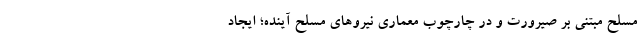
مسلح مبتنی بر صیرورت و در چارچوب معماری نیروهای مسلح آینده؛ ایجاد